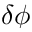
\delta \phi